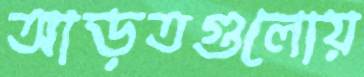
আড়তগুলোয়